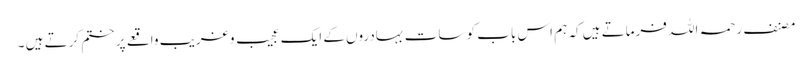
مصنف رحمہ اللہ فرماتے ہیں کہ ہم اس باب کو سات بہادروں کے ایک عجیب و غریب واقعے پر ختم کرتے ہیں ۔